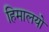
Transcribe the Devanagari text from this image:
हिमालयो